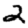
Digit: 2